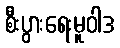
စီးပွားရေးမူဝါဒ